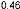
0.46